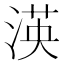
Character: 渶